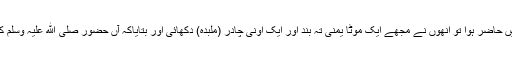
ابوبردہ کہتے ہیں کہ میں حضرت عائشہ کی خدمت میں حاضر ہوا تو انھوں نے مجھے ایک موٹا یمنی تہ بند اور ایک اونی چادر (ملبدہ) دکھائی اور بتایاکہ آں حضور صلی ﷲ علیہ وسلم کی وفات ان کپڑوں میں ہوئی تھی (بخاری، رقم ۳۱۰۸۔